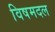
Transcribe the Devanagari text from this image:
विषमदल